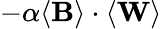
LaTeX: -\alpha\langle\mathbf{B}\rangle\cdot\langle\mathbf{W}\rangle